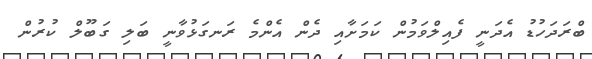
ބްރަދަހުޑު އެދަނީ ފެއިލްވަމުން ކަމަށާއި ދެން އެންމެ ރަނގަޅުވާނީ ބަލި ގަބޫލް ކުރުން